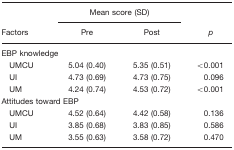
|  | <COLSPAN=2> Mean score (SD) |  |
 | Factors | Pre | Post | p |
 | --- | --- | --- | --- |
 | <COLSPAN=4> EBP knowledge |
 | UMCU | 5.04 (0.40) | 5.35 (0.51) | <0.001 |
 | UI | 4.73 (0.69) | 4.73 (0.75) | 0.096 |
 | UM | 4.24 (0.74) | 4.53 (0.72) | <0.001 |
 | <COLSPAN=4> Attitudes toward EBP |
 | UMCU | 4.52 (0.64) | 4.42 (0.58) | 0.136 |
 | UI | 3.85 (0.68) | 3.83 (0.85) | 0.586 |
 | UM | 3.55 (0.63) | 3.58 (0.72) | 0.470 |